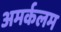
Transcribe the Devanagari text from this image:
अमर्कलम